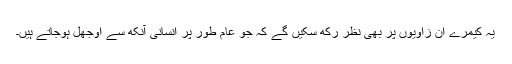
یہ کیمرے ان زاویوں پر بھی نظر رکھ سکیں گے کہ جو عام طور پر انسانی آنکھ سے اوجھل ہوجاتے ہیں۔